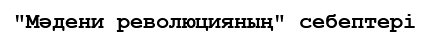
"Мәдени революцияның" себептері